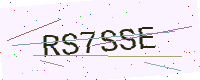
Text: RS7SSE